Leprosy in India: report of the Leprosy Commission in India, 1890-91
Year: 1890
Disease focus: Leprosy
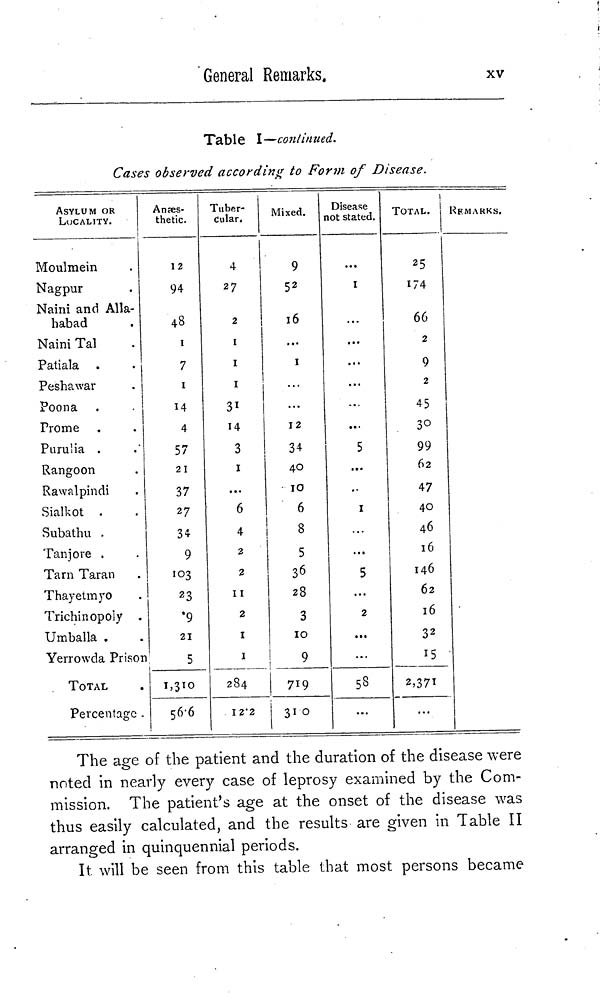
General Remarks.
xv
Table I—continued.
Cases observed according to form of Disease.
ASYLUM OR
LOCALITY.
Moulmein
Nagpur
Naini and Alla-
habad
Naini Tal
Patiala .
Peshawar
Poona
Prome
Purulia .
Rangoon
Rawalpindi
Sialkot .
Subathu .
Tanjore .
Tarn Taran
Thayetmyo
Trichinopoly .
Umballa .
Yerrowda Prisor
TOTAL
Percentage .
Anaes-
thetic.
12
94
48
1
7
1
14
4
57
21
37
27
34
9
103
23
.9
21
5
56.6
Tuber-
dular.
4
27
2
1
1
1
34
14
3
1
...
6
4
2
2
11
2
1
1
284
12.2
Mixed.
9
5 2
16
...
1
...
...
12
34
40
10
6
8
5
36
28
3
10
9
719
31 0
Disease
not stated.
1
...
...
...
...
...
...
...
5
...
...
1
...
...
5
...
2
...
...
5 8
...
TOTAL.
2 5
174
66
2
9
2
45
30
99
6 2
47
40
46
16
146
62
16
3 2
15
2,371
...
RFMARKS.
The age of the patient and the duration of the disease were
noted in nearly every case of leprosy examined by the Com-
mission. The patient's age at the onset of the disease was
thus easily calculated, and the results are given in Table II
arranged in quinquennial periods.
It will be seen from this table that most persons became